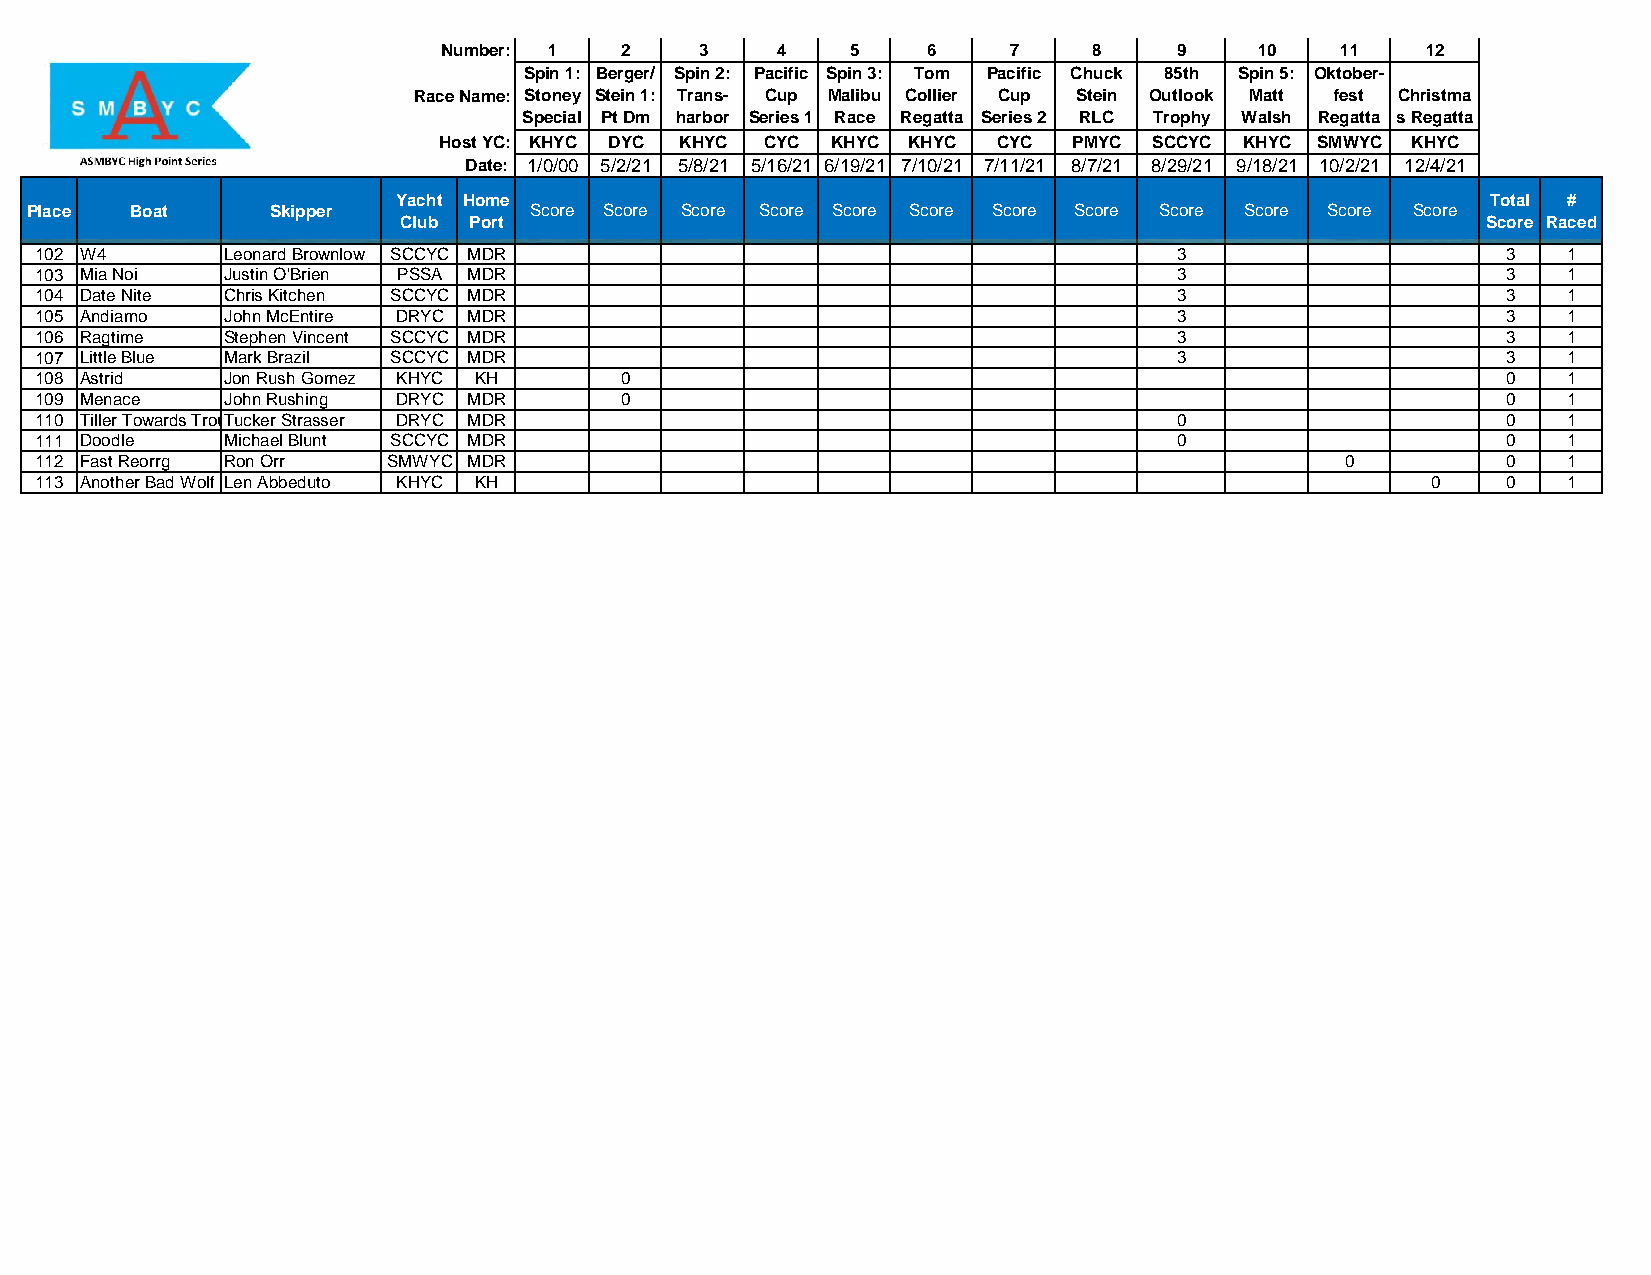
Number: 1   2    3    4    5    6     7    8     9    10    11   12
 Spin 1: Berger/ Spin 2: Pacific Spin 3: Tom Pacific Chuck 85th Spin 5: Oktober-
 Race Name: Stoney Stein 1: Trans- Cup Malibu Collier Cup Stein Outlook Matt fest Christma
 Special Pt Dm harbor Series 1 Race Regatta Series 2 RLC Trophy Walsh Regatta s Regatta
 Host YC: KHYC DYC KHYC CYC KHYC KHYC CYC  PMYC SCCYC KHYC SMWYC KHYC
 Date: 1/0/00 5/2/21 5/8/21 5/16/21 6/19/21 7/10/21 7/11/21 8/7/21 8/29/21 9/18/21 10/2/21 12/4/21
 Yacht Home                                                               Total #
 Place  Boat     Skipper          Score Score Score Score Score Score Score Score Score Score Score Score
 Club Port                                                               Score Raced
 102 W4       Leonard Brownlow SCCYC MDR                                     3                     3   1
 103 Mia Noi  Justin O'Brien PSSA MDR                                        3                     3   1
 104 Date Nite Chris Kitchen SCCYC MDR                                       3                     3   1
 105 Andiamo  John McEntire DRYC MDR                                         3                     3   1
 106 Ragtime  Stephen Vincent SCCYC MDR                                      3                     3   1
 107 Little Blue Mark Brazil SCCYC MDR                                       3                     3   1
 108 Astrid   Jon Rush Gomez KHYC KH    0                                                          0   1
 109 Menace   John Rushing DRYC MDR     0                                                          0   1
 110 Tiller Towards TrouTbulecker Strasser DRYC MDR                          0                     0   1
 111 Doodle   Michael Blunt SCCYC MDR                                        0                     0   1
 112 Fast Reorrg Ron Orr SMWYC MDR                                                      0          0   1
 113 Another Bad Wolf Len Abbeduto KHYC KH                                                    0    0   1